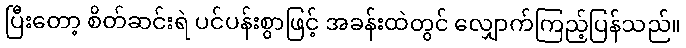
ပြီးတော့ စိတ်ဆင်းရဲ ပင်ပန်းစွာဖြင့် အခန်းထဲတွင် လျှောက်ကြည့်ပြန်သည်။